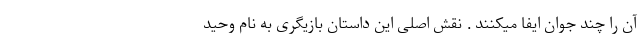
آن را چند جوان ایفا میکنند . نقش اصلی این داستان بازیگری به نام وحید